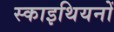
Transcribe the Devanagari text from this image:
स्काइथियनों